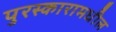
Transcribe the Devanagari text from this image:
पुरस्कारामधील